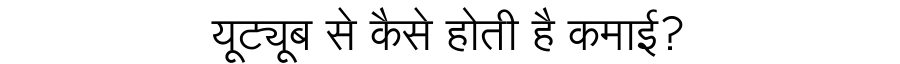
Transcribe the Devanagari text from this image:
यूट्यूब से कैसे होती है कमाई?